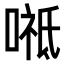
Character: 𭉸